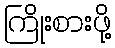
ကြိုးစားဖို့